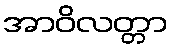
အာဝိလတ္တာ